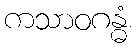
ကသာဝဂန္ဓံ